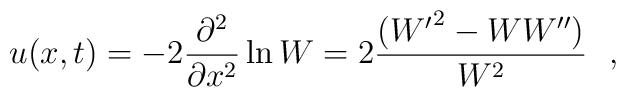
u(x,t)=-2\frac{\partial ^2}{\partial x^2} \ln W =2 \frac{({W'}^2-WW'')}{W^2}~~,